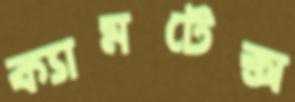
ক্যামটেক্স